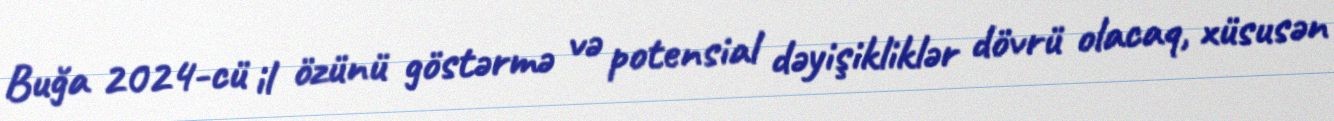
Buğa 2024-cü il özünü göstərmə və potensial dəyişikliklər dövrü olacaq, xüsusən